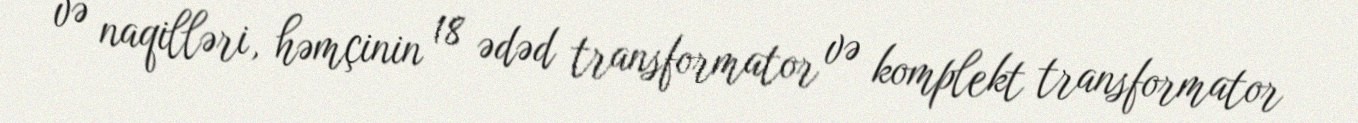
və naqilləri, həmçinin 18 ədəd transformator və komplekt transformator